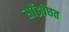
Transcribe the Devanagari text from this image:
साँझीछत